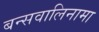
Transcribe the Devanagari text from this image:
बन्सवालिनामा